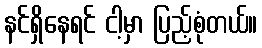
နင်ရှိနေရင် ငါ့မှာ ပြည့်စုံတယ်။